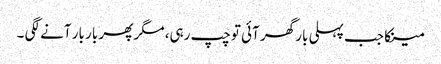
مینکا جب پہلی بار گھر آئی تو چپ رہی، مگر پھر بار بار آنے لگی ۔